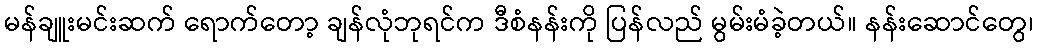
မန်ချူးမင်းဆက် ရောက်တော့ ချန်လုံဘုရင်က ဒီစံနန်းကို ပြန်လည် မွမ်းမံခဲ့တယ်။ နန်းဆောင်တွေ၊